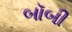
બૉબી